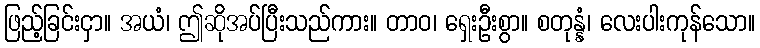
ဖြည့်ခြင်းငှာ။ အယံ၊ ဤဆိုအပ်ပြီးသည်ကား။ တာဝ၊ ရှေးဦးစွာ။ စတုန္နံ၊ လေးပါးကုန်သော။